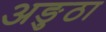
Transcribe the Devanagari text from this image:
अङुठा